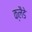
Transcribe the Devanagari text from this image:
क्लैडे